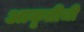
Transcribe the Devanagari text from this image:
आकृतीची